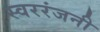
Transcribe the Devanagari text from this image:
स्वररंजनी